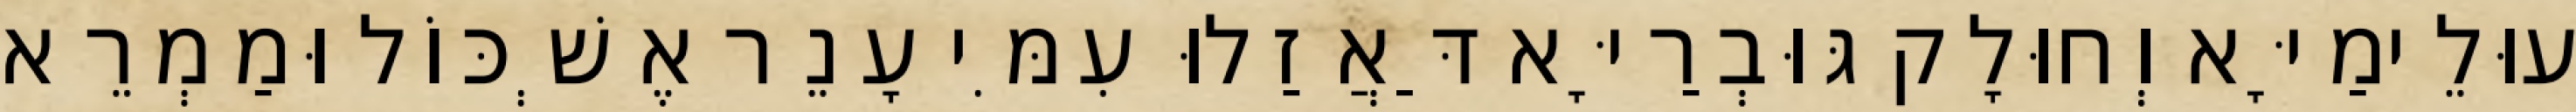
עוּלֵימַיָּא וְחוּלָק גּוּבְרַיָּא דַּאֲזַלוּ עִמִּי עָנֵר אֶשְׁכּוֹל וּמַמְרֵא